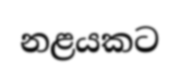
නළයකට